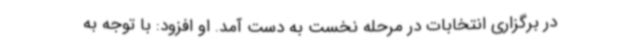
در برگزاری انتخابات در مرحله نخست به دست آمد. او افزود: با توجه به